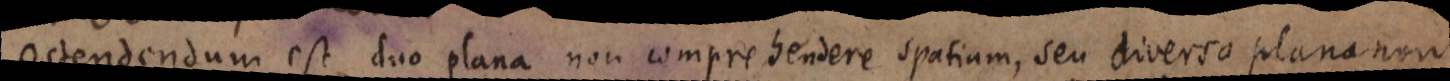
Ostendendum est duo plana non comprehendere spatium, seu diversa plana non